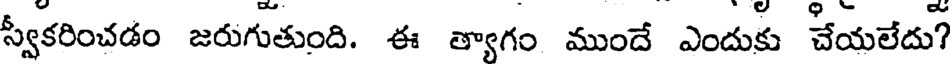
స్వీకరించడం జరుగుతుంది. ఈ త్యాగం ముందే ఎందుకు చేయలేదు?